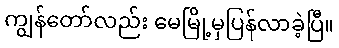
ကျွန်တော်လည်း မေမြို့မှပြန်လာခဲ့ပြီ။